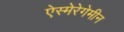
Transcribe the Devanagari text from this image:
ऐस्मेरेगेमीन